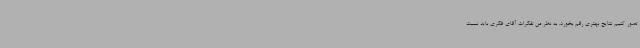
تصور کنیم نتایج بهتری رقم بخورد. به نظر من تفکرات آقای فکری باید نسبت